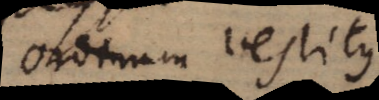
Ordinum vestitus.